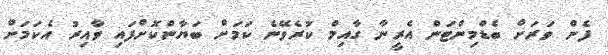
ފެން ވަރަށް ބެޑްމިންޓަން އެރީނާ ގާއިމް ކުރެވޭނެ ކަމަށް ބަޔާންކޮށްފައި ވާއިރު އެކަމަށް